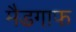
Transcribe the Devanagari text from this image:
मैडगाफ